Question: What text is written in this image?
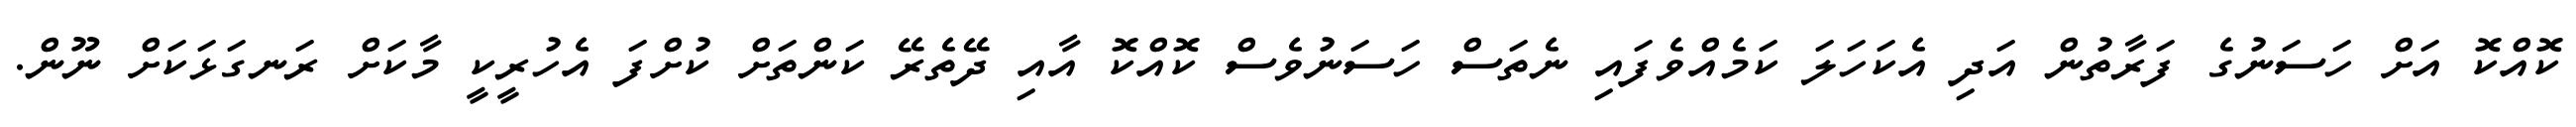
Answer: ކޮއްކޮ އަށް ހަސަނުގެ ފަރާތުން އަދި އެކަހަލަ ކަމެއްވެފައި ނެތަސް ހަސަނުވެސް ކޮއްކޮ އާއި ދޭތެރޭ ކަންތަށް ކުށްފަ އެހުރީކީ މާކަށް ރަނގަޅަކަށް ނޫން.